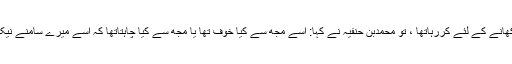
تولوگوں نے کہاکہ یزید ایسا آپ کو دکھانے کے لئے کررہاتھا ، تو محمدبن حنفیہ نے کہا: اسے مجھ سے کیا خوف تھا یا مجھ سے کیا چاہتاتھا کہ اسے میرے سامنے نیکی ظاہرکرنے کی ضرورت پیش آتی؟